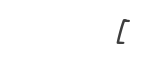
[